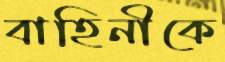
বাহিনীকে